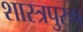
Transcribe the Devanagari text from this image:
शास्त्रपुरुष